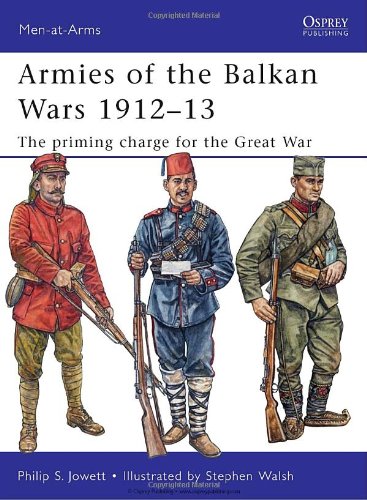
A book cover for Armies of the Balkan Wars 1912-13: The priming charge for the Great War (Men-at-Arms); Philip Jowett; History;